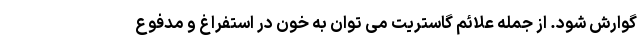
گوارش شود. از جمله علائم گاستریت می توان به خون در استفراغ و مدفوع